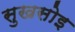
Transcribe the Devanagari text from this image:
सुखसोइ